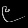
Digit: ၉